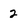
Character: 2